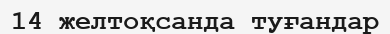
14 желтоқсанда туғандар